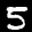
Label: 5